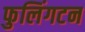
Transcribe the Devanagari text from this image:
फुलिंगटन